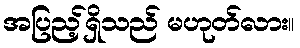
အပြည့်ရှိသည် မဟုတ်လား။